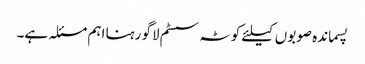
پسماندہ صوبوں کیلئے کوٹہ سسٹم لاگو رہنا اہم مسئلہ ہے۔